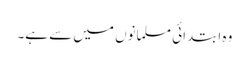
وہ ابتدائی مسلمانوں میں سے ہے۔